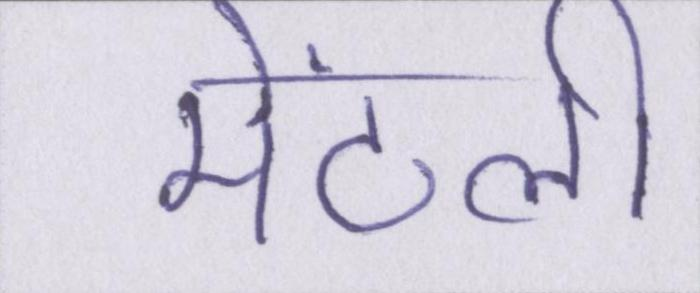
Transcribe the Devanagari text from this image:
मेंटली